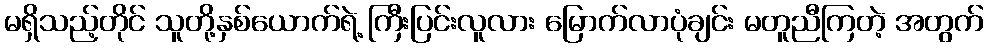
မရှိသည့်တိုင် သူတို့နှစ်ယောက်ရဲ့ ကြီးပြင်းလူလား မြောက်လာပုံချင်း မတူညီကြတဲ့ အတွက်